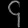
Digit: ၄